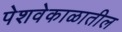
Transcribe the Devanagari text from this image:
पेशवेकाळातील